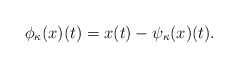
\begin{align*}\phi_\kappa(x)(t) = x(t) - \psi_\kappa(x)(t).\end{align*}